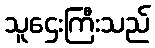
သူဌေးကြီးသည်